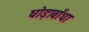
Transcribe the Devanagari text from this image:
घोड़ाबाँधा